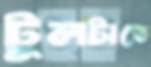
টুলটাতে